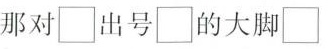
那对\Box 出号\Box 的大脚\Box